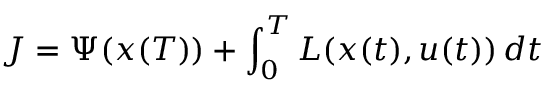
J = \Psi ( x ( T ) ) + \int _ { 0 } ^ { T } L ( x ( t ) , u ( t ) ) \, d t